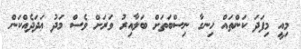
މިއީ މިފަދަ ކަންތައް ހިނގާ ނިސްބަތަށް ބަލާއިރު ވަރަށް ވެސް މަދު ޢަދަދެއްކަން